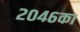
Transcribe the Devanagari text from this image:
२०४६का